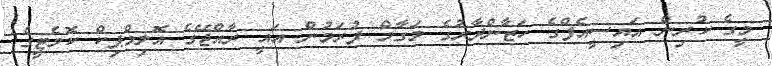
މީގެ ކުރިން އައިސީއެފްގެ ހަޒާންދާރުގެ މަގާމް ފުރަމުން އައީ ރާއްޖޭގެ އޮލިމްޕިކް ކޮމެޓީގެ